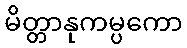
မိတ္တာနုကမ္ပကော